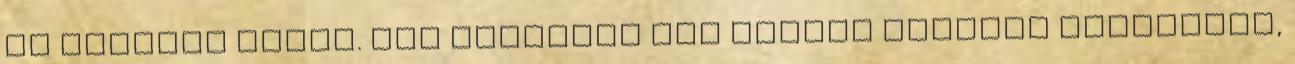
se történt volna. Hát valahogy így állunk Nórival Megvettem,